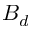
B _ { d }